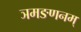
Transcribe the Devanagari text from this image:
ञमङणनम्